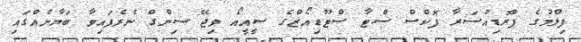
ފިލްމުގެ ޕްރޮޑިއުސަރާ ފޮކްސް ސްޓާ ސްޓޫޑިއޯޒްގެ ސީއީއޯ ވިޖޭ ސިންގް ނެރެފައިވާ ބަޔާނެއްގައި